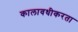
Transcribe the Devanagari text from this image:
कालावधीकरता